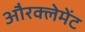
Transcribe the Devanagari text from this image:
औरक्लेमेंट